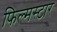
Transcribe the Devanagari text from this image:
फिल्मस्टार